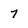
Character: 7